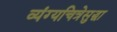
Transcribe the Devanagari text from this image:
व्यंग्यचित्रेसुद्धा